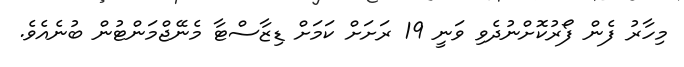
މިހާރު ފެން ފޯރުކޮށްނުދެވި ވަނީ 19 ރަށަށް ކަމަށް ޑިޒާސްޓާ މެނޭޖްމަންޓުން ބުނެއެވެ.